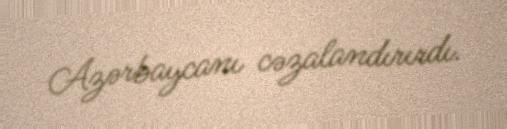
Azərbaycanı cəzalandırırdı.